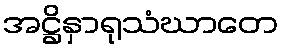
အဋ္ဌိနှာရုသံဃာတေ